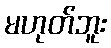
မဟုတ်ဘူး